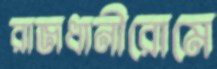
রাজধানীরোমে